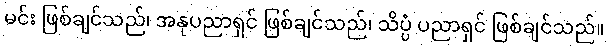
မင်း ဖြစ်ချင်သည်၊ အနုပညာရှင် ဖြစ်ချင်သည်၊ သိပ္ပံ ပညာရှင် ဖြစ်ချင်သည်။